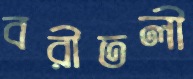
বরীতলী